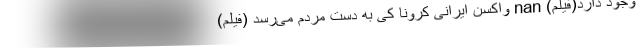
وجود دارد(فیلم) nan واکسن ایرانی کرونا کی به دست مردم می‌رسد (فیلم)